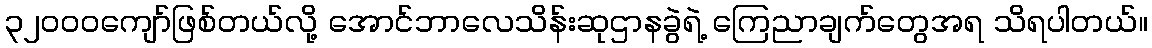
၃၂၀၀၀ကျော်ဖြစ်တယ်လို့ အောင်ဘာလေသိန်းဆုဌာနခွဲရဲ့ ကြေညာချက်တွေအရ သိရပါတယ်။